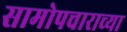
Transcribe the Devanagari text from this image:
सामोपचाराच्या